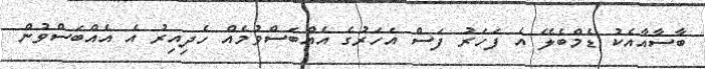
ބާސާއާއެކު ޑެމްބެލޭ އެ ފަހަރު ފަސް އަހަރުގެ އެއްބަސްވުމެއް ހެދިއިރު އެ އެއްބަސްވުން